Report on metropolitan horse fairs and district horse shows of 1891-92 - 1891-1892
Year: 1891
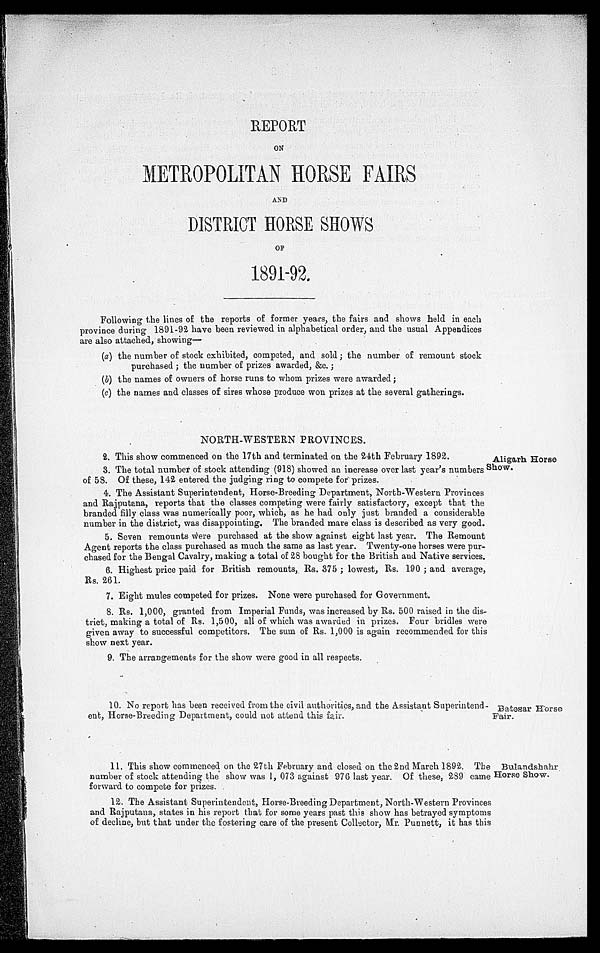
REPORT
ON
METROPOLITAN HORSE FAIRS
AND
DISTRICT HORSE SHOWS
OF
1891-92.
Following the lines of the reports of former years, the fairs and shows held in each
province during 1891-92 have been reviewed in alphabetical order, and the usual Appendices
are also attached, showing—
(a) the number of stock exhibited, competed, and sold; the number of remount stock
purchased ; the number of prizes awarded, &c.;
(b) the names of owners of horse runs to whom prizes were awarded;
(c) the names and classes of sires whose produce won prizes at the several gatherings.
Aligarh Horse
Show.
NORTH-WESTERN PROVINCES.
2. This show commenced on the 17th and terminated on the 24th February 1892.
3. The total number of stock attending (918) showed an increase over last year's numbers
of 58. Of these, 142 entered the judging ring to compete for prizes.
4. The Assistant Superintendent, Horse-Breeding Department, North-Western Provinces
and Rajputana, reports that the classes competing were fairly satisfactory, except that the
branded filly class was numerically poor, which, as he had only just branded a considerable
number in the district, was disappointing. The branded mare class is described as very good.
5. Seven remounts were purchased at the show against eight last year. The Remount
Agent reports the class purchased as much the same as last year. Twenty-one horses were pur-
chased for the Bengal Cavalry, making a total of 28 bought for the British and Native services.
6. Highest price paid for British remounts, Rs. 375 ; lowest, Rs. 190 ; and average,
Rs. 261.
7. Eight mules competed for prizes. None were purchased for Government.
8. Rs. 1,000, granted from Imperial Funds, was increased by Rs. 500 raised in the dis-
trict, making a total of Rs. 1,500, all of which was awarded in prizes. Four bridles were
given away to successful competitors. The sum of Rs. 1,000 is again recommended for this
show next year.
9. The arrangements for the show were good in all respects.
Batesar Horse
Fair.
10. No report has been received from the civil authorities, and the Assistant Superintend-
ent, Horse-Breeding Department, could not attend this fair.
Bulandshahr
Horse Show.
11. This show commenced on the 27th February and closed on the 2nd March 1892. The
number of stock attending the show was 1, 073 against 976 last year. Of these, 289 came
forward to compete for prizes.
12. The Assistant Superintendent, Horse-Breeding Department, North-Western Provinces
and Rajputana, states in his report that for some years past this show has betrayed symptoms
of decline, but that under the fostering care of the present Collector, Mr. Punnett, it has this